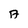
Character: A